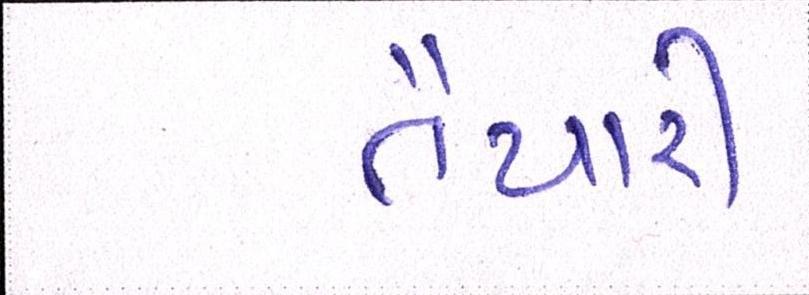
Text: તૈયારી